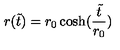
r ( \tilde { t } ) = r _ { 0 } \cosh ( \frac { \tilde { t } } { r _ { 0 } } )